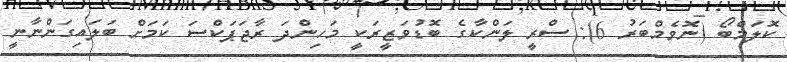
ކޮލަމްބޯ (ނޮވެމްބަރު 6): ސްރީ ލަންކާގެ ބޮޑުވަޒީރަކީ މަހިންދަ ރާޖަޕަކްސަ ކަމަށް ބަލައިގަންނާނީ